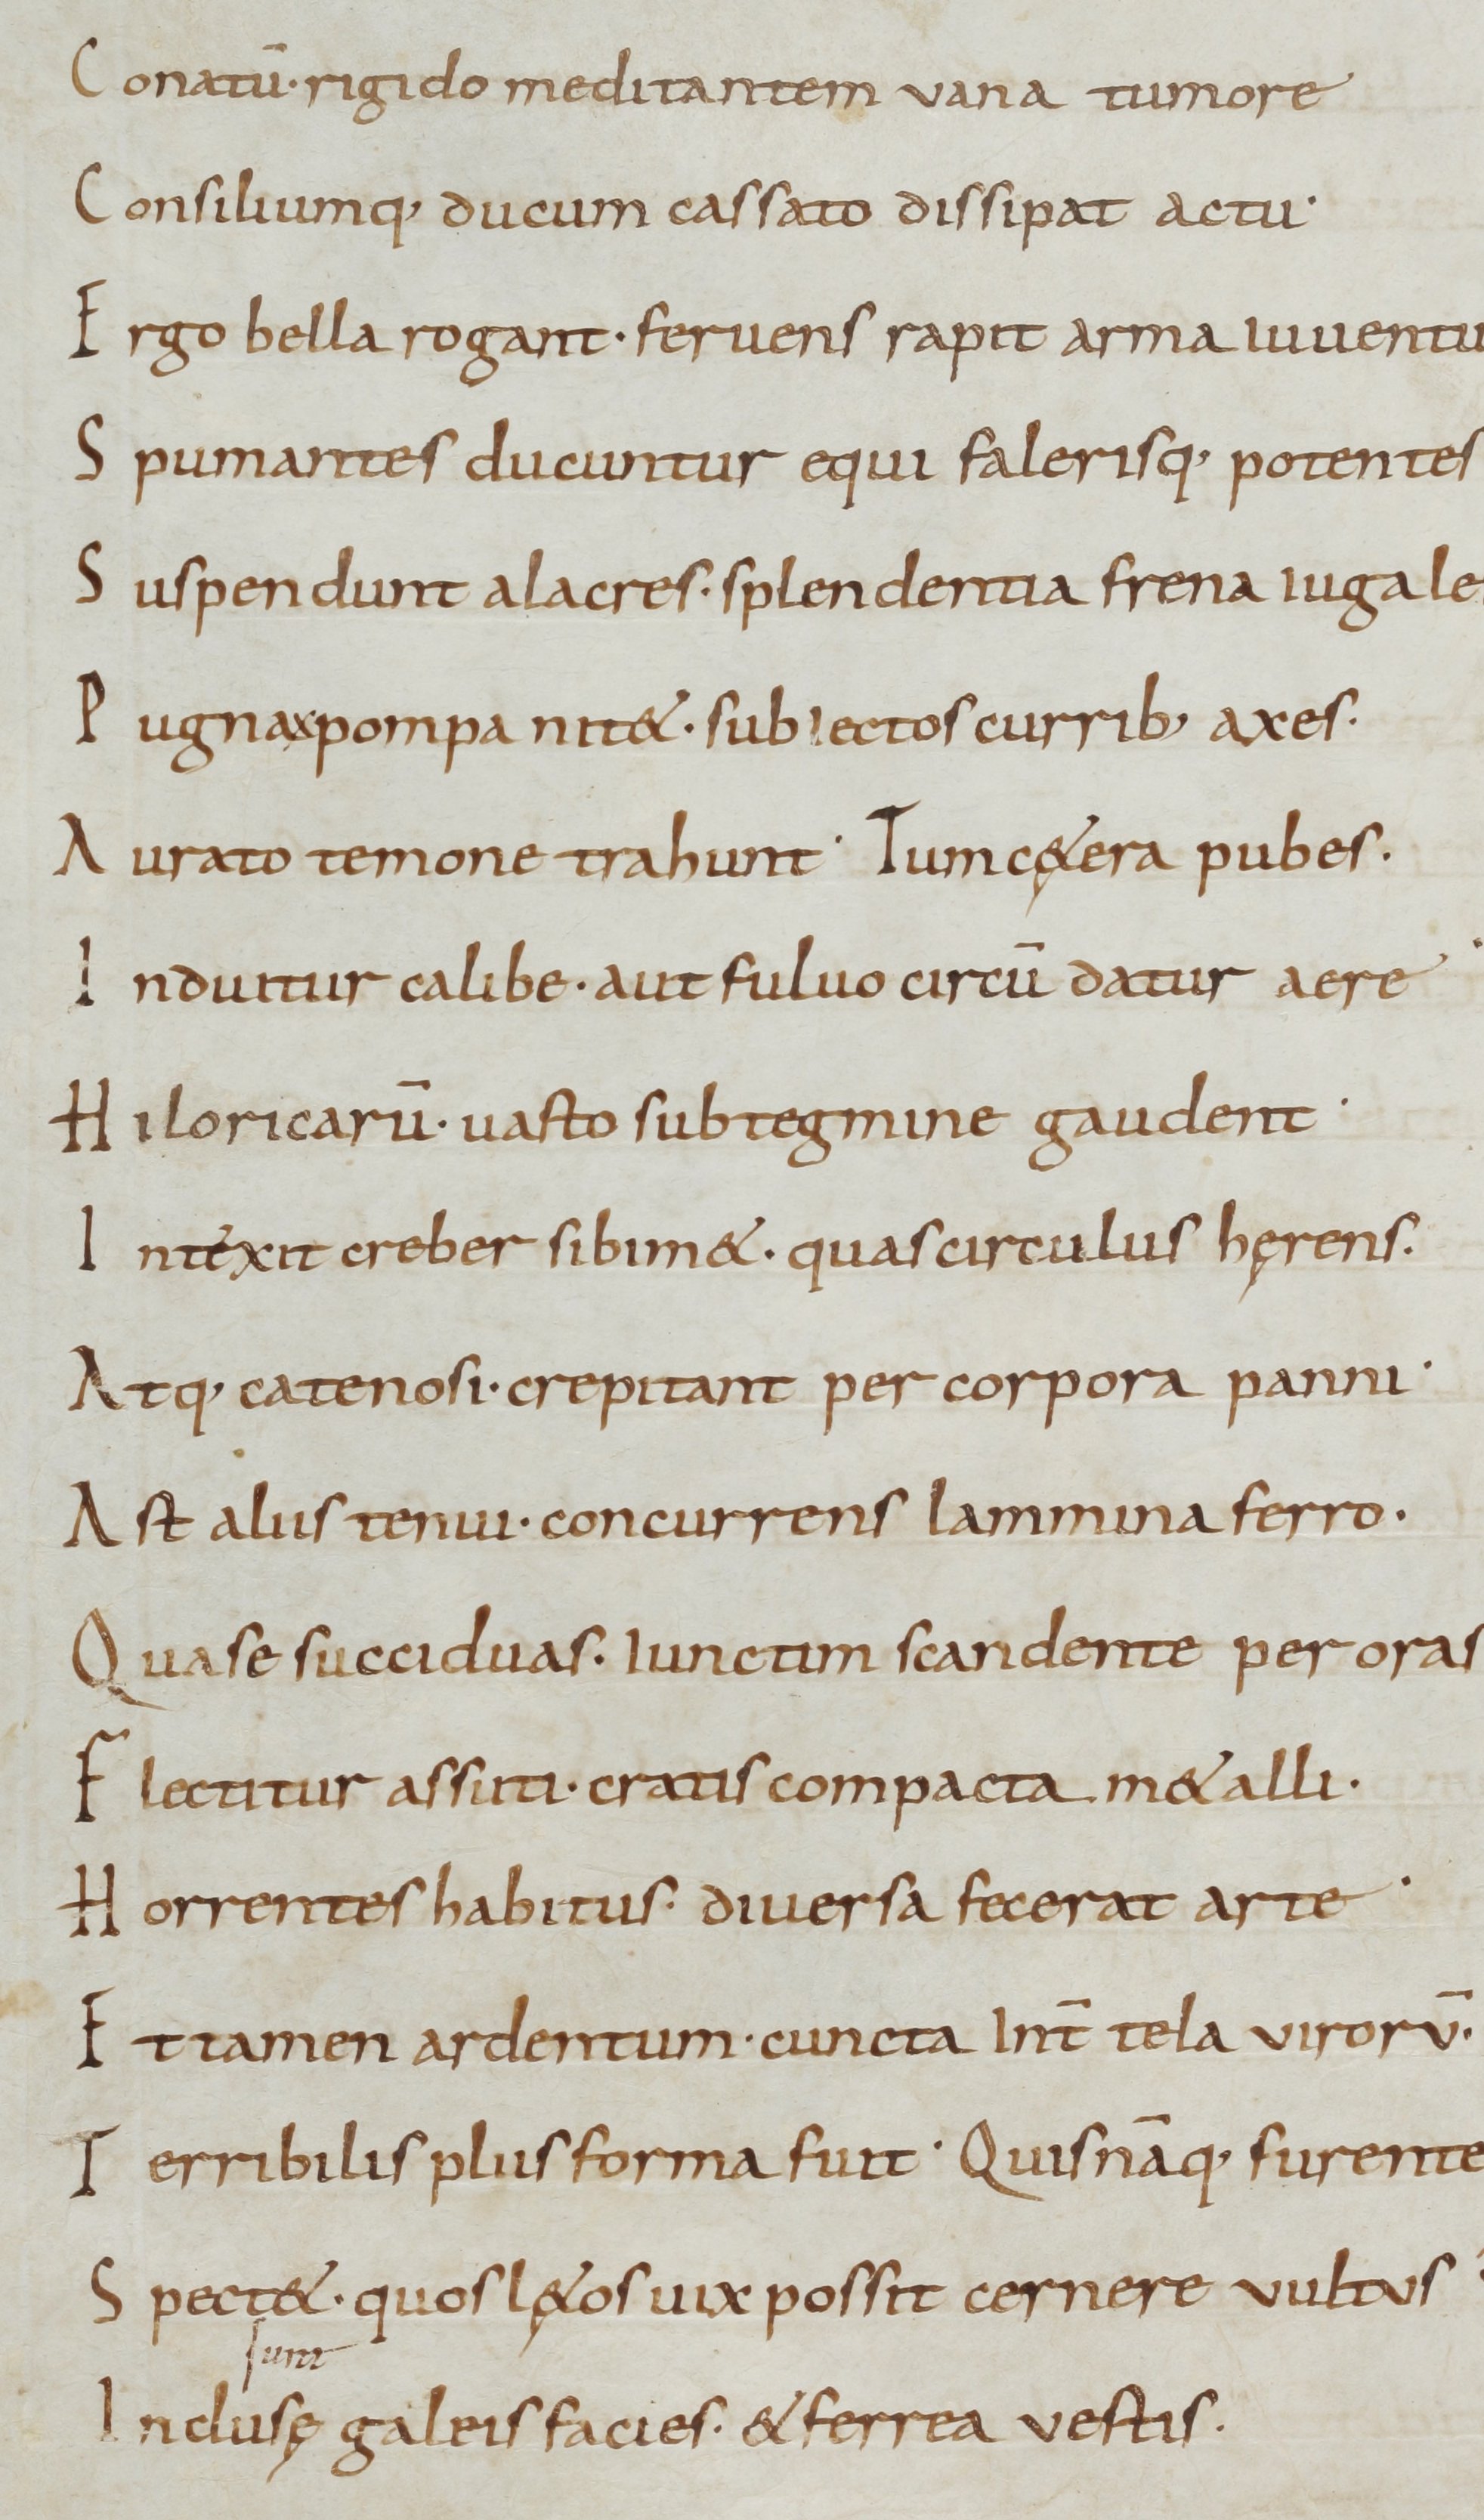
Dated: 800–999